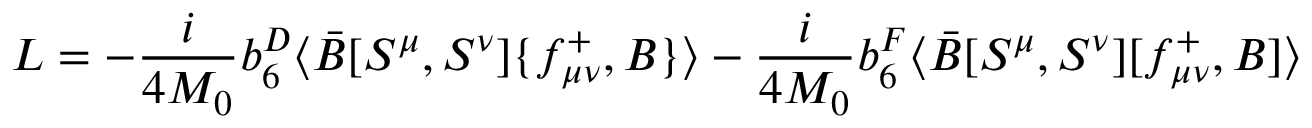
{ \cal L } = - \frac { i } { 4 M _ { 0 } } b _ { 6 } ^ { D } \langle \bar { B } [ S ^ { \mu } , S ^ { \nu } ] \{ f _ { \mu \nu } ^ { + } , B \} \rangle - \frac { i } { 4 M _ { 0 } } b _ { 6 } ^ { F } \langle \bar { B } [ S ^ { \mu } , S ^ { \nu } ] [ f _ { \mu \nu } ^ { + } , B ] \rangle